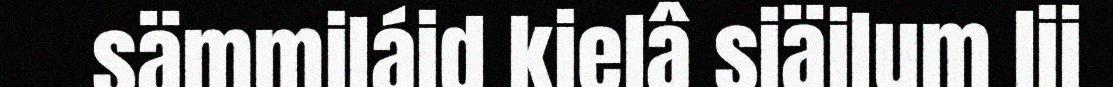
sämmiláid kielâ siäilum lii